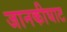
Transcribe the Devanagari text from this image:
जानकीघाट